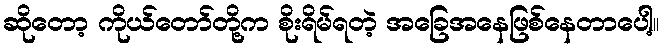
ဆိုတော့ ကိုယ်တော်တို့က စိုးရိမ်ရတဲ့ အခြေအနေဖြစ်နေတာပေါ့။